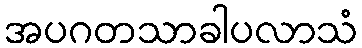
အပဂတသာခါပလာသံ